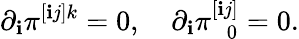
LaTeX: \partial_{\mathbf{i}}\pi^{[\mathbf{i}j]k}=0,\quad\partial_{\mathbf{i}}\pi_{\ \ \ 0}^{[\mathbf{i}j]}=0.